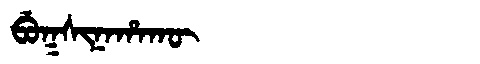
Manchu: ᠪᡠᡴᠰᡳᠨᠠᡥᠠᡴᡡ
Romanization: BUKSINAHAKŪ